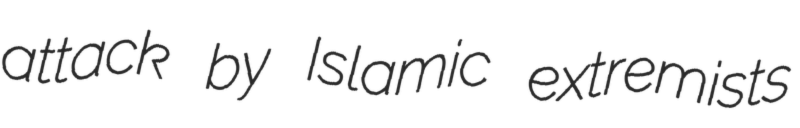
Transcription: attack by Islamic extremists